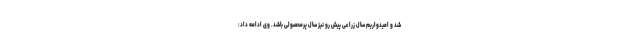
شد و امیدواریم سال زراعی پیش رو نیز سال پرمحصولی باشد. وی ادامه داد: